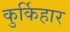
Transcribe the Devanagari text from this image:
कुर्किहार